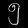
Digit: ၅